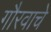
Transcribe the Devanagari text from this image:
गौरवाचे